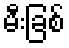
မီးခြစ်